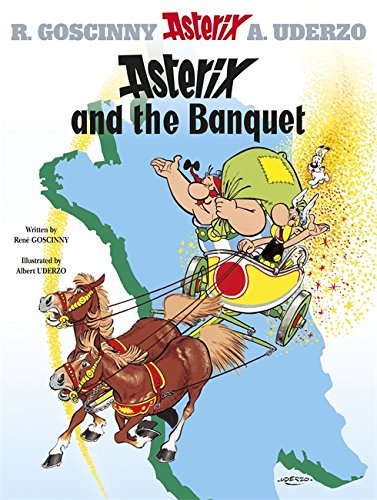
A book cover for Asterix and the Banquet: Album #5 (Asterix (Orion Paperback)) (Bk. 5); Rene Goscinny; Comics & Graphic Novels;